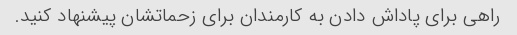
راهی برای پاداش دادن به کارمندان برای زحماتشان پیشنهاد کنید.